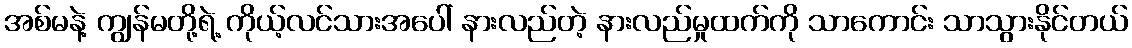
အစ်မနဲ့ ကျွန်မတို့ရဲ့ ကိုယ့်လင်သားအပေါ် နားလည်တဲ့ နားလည်မှုထက်ကို သာကောင်း သာသွားနိုင်တယ်